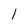
Character: l